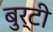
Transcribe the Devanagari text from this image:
बुर्टी